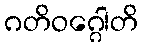
ဂတိဝဂ္ဂေါတိ